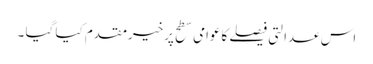
اس عدالتی فیصلے کاعوامی سطح پرخیرمقدم کیا گیا ۔